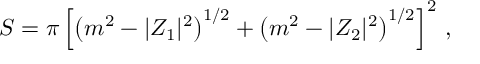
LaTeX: S = \pi \left[ \left( m ^ { 2 } - | { \cal Z } _ { 1 } | ^ { 2 } \right) ^ { 1 / 2 } + \left( m ^ { 2 } - | { \cal Z } _ { 2 } | ^ { 2 } \right) ^ { 1 / 2 } \right] ^ { 2 } \, ,